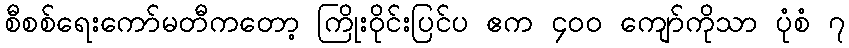
စီစစ်ရေးကော်မတီကတော့ ကြိုးဝိုင်းပြင်ပ ဧက ၄၀၀ ကျော်ကိုသာ ပုံစံ ၇